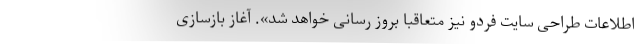
اطلاعات طراحی سایت فردو نیز متعاقبا بروز رسانی خواهد شد». آغاز بازسازی